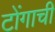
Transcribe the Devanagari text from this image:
टोंगाची